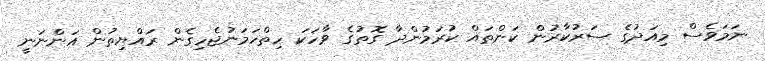
ނަމަވެސް މިއަދުގެ ސަރުކާރުން ކަންތައް ކުރަމުންދާ ގޮތުގެ ވާހަކަ ހިތްހަމަނުޖެހިގެން ރައްޔިތުން އަންނަނީ